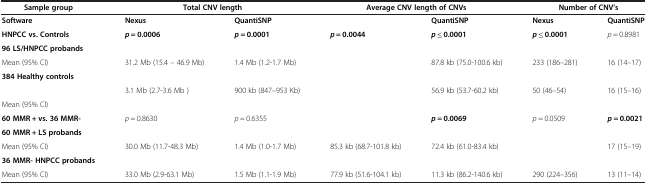
<table><thead><tr><td><b>Sample group</b></td><td colspan="2"><b>Total CNV length</b></td><td colspan="2"><b>Average CNV length of CNVs</b></td><td colspan="2"><b>Number of CNV’s</b></td></tr></thead><tbody><tr><td><b>Software</b></td><td><b>Nexus</b></td><td><b>QuantiSNP</b></td><td>[EMPTY_CELL]</td><td><b>QuantiSNP</b></td><td><b>Nexus</b></td><td><b>QuantiSNP</b></td></tr><tr><td><b>HNPCC vs. Controls</b></td><td><b><i>p</i></b> <b>= 0.0006</b></td><td><b><i>p</i></b> <b>= 0.0001</b></td><td><b><i>p</i></b> <b>= 0.0044</b></td><td><b><i>p</i></b> <b>≤ 0.0001</b></td><td><b><i>p</i></b> <b>≤ 0.0001</b></td><td><i>p</i> = 0.8981</td></tr><tr><td><b>96 LS/HNPCC probands</b></td><td>[EMPTY_CELL]</td><td>[EMPTY_CELL]</td><td>[EMPTY_CELL]</td><td>[EMPTY_CELL]</td><td>[EMPTY_CELL]</td><td>[EMPTY_CELL]</td></tr><tr><td>Mean (95% CI)</td><td>31.2 Mb (15.4 – 46.9 Mb)</td><td>1.4 Mb (1.2-1.7 Mb)</td><td>[EMPTY_CELL]</td><td>87.8 kb (75.0-100.6 kb)</td><td>233 (186–281)</td><td>16 (14–17)</td></tr><tr><td><b>384 Healthy controls</b></td><td>[EMPTY_CELL]</td><td>[EMPTY_CELL]</td><td>[EMPTY_CELL]</td><td>[EMPTY_CELL]</td><td>[EMPTY_CELL]</td><td>[EMPTY_CELL]</td></tr><tr><td>[EMPTY_CELL]</td><td>3.1 Mb (2.7-3.6 Mb )</td><td>900 kb (847–953 Kb)</td><td>[EMPTY_CELL]</td><td>56.9 kb (53.7-60.2 kb)</td><td>50 (46–54)</td><td>16 (15–16)</td></tr><tr><td>Mean (95% CI)</td><td>[EMPTY_CELL]</td><td>[EMPTY_CELL]</td><td>[EMPTY_CELL]</td><td>[EMPTY_CELL]</td><td>[EMPTY_CELL]</td><td>[EMPTY_CELL]</td></tr><tr><td><b>60 MMR + vs. 36 MMR-</b></td><td><i>p</i> = 0.8630</td><td><i>p</i> = 0.6355</td><td>[EMPTY_CELL]</td><td><b><i>p</i></b> <b>= 0.0069</b></td><td><i>p</i> = 0.0509</td><td><b><i>p</i></b> <b>= 0.0021</b></td></tr><tr><td><b>60 MMR + LS probands</b></td><td>[EMPTY_CELL]</td><td>[EMPTY_CELL]</td><td>[EMPTY_CELL]</td><td>[EMPTY_CELL]</td><td>[EMPTY_CELL]</td><td>[EMPTY_CELL]</td></tr><tr><td>Mean (95% CI)</td><td>30.0 Mb (11.7-48.3 Mb)</td><td>1.4 Mb (1.0-1.7 Mb)</td><td>85.3 kb (68.7-101.8 kb)</td><td>72.4 kb (61.0-83.4 kb)</td><td>[EMPTY_CELL]</td><td>17 (15–19)</td></tr><tr><td><b>36 MMR- HNPCC probands</b></td><td>[EMPTY_CELL]</td><td>[EMPTY_CELL]</td><td>[EMPTY_CELL]</td><td>[EMPTY_CELL]</td><td>[EMPTY_CELL]</td><td>[EMPTY_CELL]</td></tr><tr><td>Mean (95% CI)</td><td>33.0 Mb (2.9-63.1 Mb)</td><td>1.5 Mb (1.1-1.9 Mb)</td><td>77.9 kb (51.6-104.1 kb)</td><td>11.3 kb (86.2-140.6 kb)</td><td>290 (224–356)</td><td>13 (11–14)</td></tr></tbody></table>